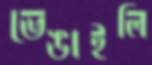
ভেঙাইলি